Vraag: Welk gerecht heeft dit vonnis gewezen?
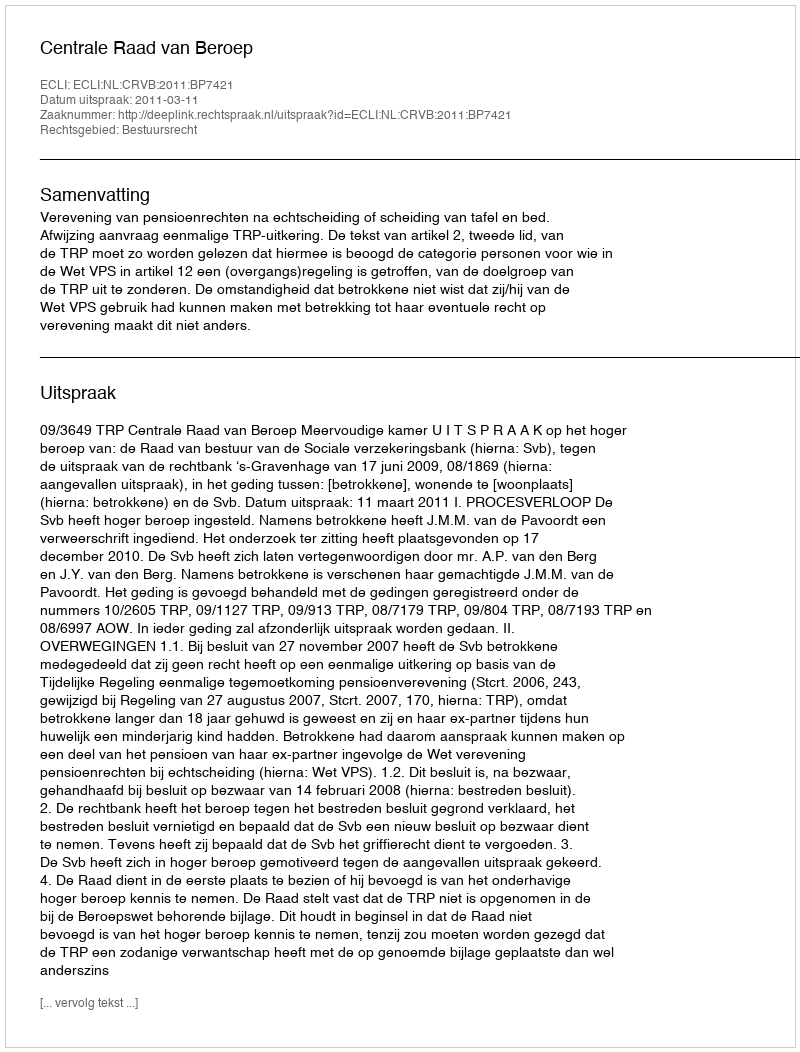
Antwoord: Centrale Raad van Beroep